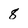
Character: 8